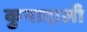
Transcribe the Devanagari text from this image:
कुनादाली